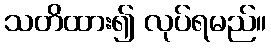
သတိထား၍ လုပ်ရမည်။